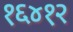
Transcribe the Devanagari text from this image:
१६४१२